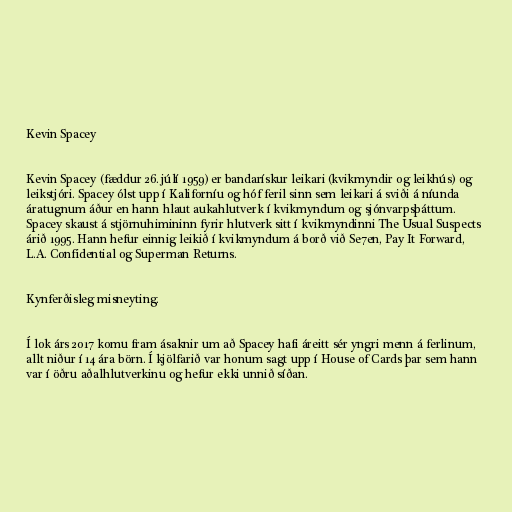
Kevin Spacey

Kevin Spacey (fæddur 26. júlí 1959) er bandarískur leikari (kvikmyndir og leikhús) og
leikstjóri. Spacey ólst upp í Kaliforníu og hóf feril sinn sem leikari á sviði á níunda
áratugnum áður en hann hlaut aukahlutverk í kvikmyndum og sjónvarpsþáttum.
Spacey skaust á stjörnuhimininn fyrir hlutverk sitt í kvikmyndinni The Usual Suspects
árið 1995. Hann hefur einnig leikið í kvikmyndum á borð við Se7en, Pay It Forward,
L.A. Confidential og Superman Returns.

Kynferðisleg misneyting.

Í lok árs 2017 komu fram ásaknir um að Spacey hafi áreitt sér yngri menn á ferlinum,
allt niður í 14 ára börn. Í kjölfarið var honum sagt upp í House of Cards þar sem hann
var í öðru aðalhlutverkinu og hefur ekki unnið síðan.